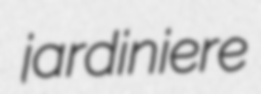
jardiniere